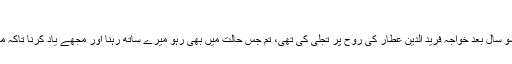
مابعد الزماں تعلق
مولانا حضرت نے آخری دنوں میں اپنے حلقہء ارادت سے فرمایا، منصور کی روح نے ڈیڑھ سو سال بعد خواجہ فرید الدین عطار کی روح پر تجلی کی تھی، تم جس حالت میں بھی رہو میرے ساتھ رہنا اور مجھے یاد کرنا تاکہ میں تمھارا مددگار و معاون بنوں گا خواہ کسی لباس میں بھی ہوں گا تمہارے ساتھ تعلق رھے گا۔